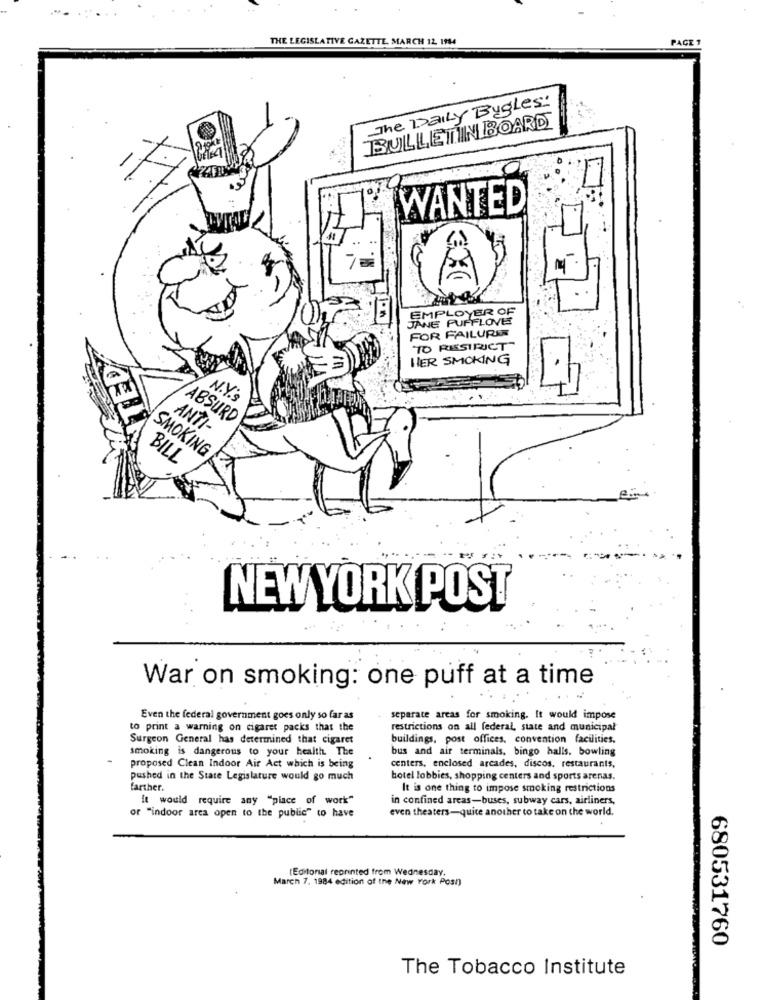
THE LEGISLATIVE GAZETTE, MARCH 12 1944
PAGE 1
The Daily Bugles:
BULLETIN BOARD
WANTED
EMPLOYER OF
JANE FUFFLOVE
FOR FAILURE
TO RESTRICT
HER SMOKING
N.Y.
ABSURD
ANTI-
SMOKING
BILL
NEW YORK POST
War on smoking: one puff at a time
Even the federal government goes only so far as
separate areas for smoking. It would impose
to print a warning on cigaret packs that the
restrictions on all federal, state and municipal
Surgeon General has determined that cigaret
buildings, post offices, convention facilities.
smoking is dangerous to your health The
bus and air terminals, bingo halls. bowling
proposed Clean Indoor Air Act which is being
centers, enclosed arcades, discos, restaurants,
pushed in the State Legislature would go much
hotel lobbies, shopping centers and sports arenas.
farther.
It is one thing to impose smoking restrictions
It would require any "place of work"
in confined arcas-buses, subway cars, airliners,
even theaters-quite another to take on the world.
or "indoor arca open to the public" to have
(Editorial reprinted from Wednesday,
March 7. 1984 edition of the New York Post
680531760
The Tobacco Institute